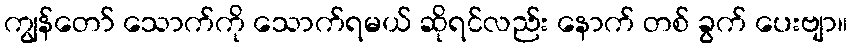
ကျွန်တော် သောက်ကို သောက်ရမယ် ဆိုရင်လည်း နောက် တစ် ခွက် ပေးဗျာ။